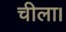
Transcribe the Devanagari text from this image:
चीला।